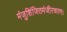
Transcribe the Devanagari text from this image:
मंजुशिंजितमंजीरचरणः